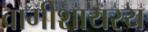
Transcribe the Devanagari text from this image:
वागीशायस्य